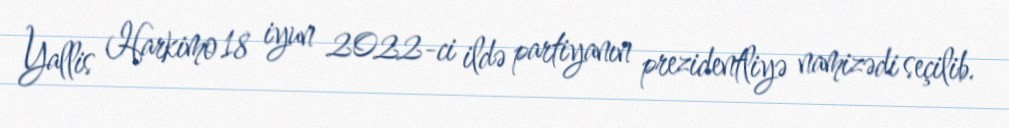
Yallis Harkimo 18 iyun 2022-ci ildə partiyanın prezidentliyə namizədi seçilib.